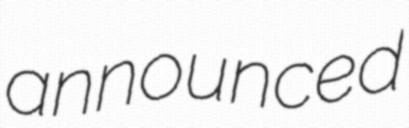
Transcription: announced